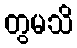
တွမသိ